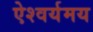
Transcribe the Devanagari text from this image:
ऐश्वर्यमय